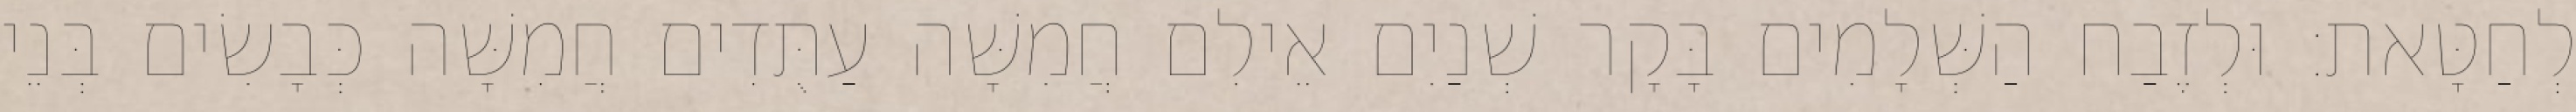
לְחַטָּאת׃ וּלְזֶבַח הַשְּׁלָמִים בָּקָר שְׁנַיִם אֵילִם חֲמִשָּׁה עַתֻּדִים חֲמִשָּׁה כְּבָשִׂים בְּנֵי